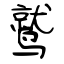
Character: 鹫